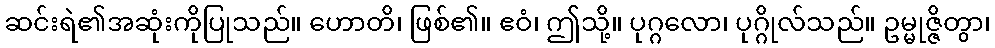
ဆင်းရဲ၏အဆုံးကိုပြုသည်။ ဟောတိ၊ ဖြစ်၏။ ဧဝံ၊ ဤသို့။ ပုဂ္ဂလော၊ ပုဂ္ဂိုလ်သည်။ ဥမ္မုဇ္ဇိတွာ၊